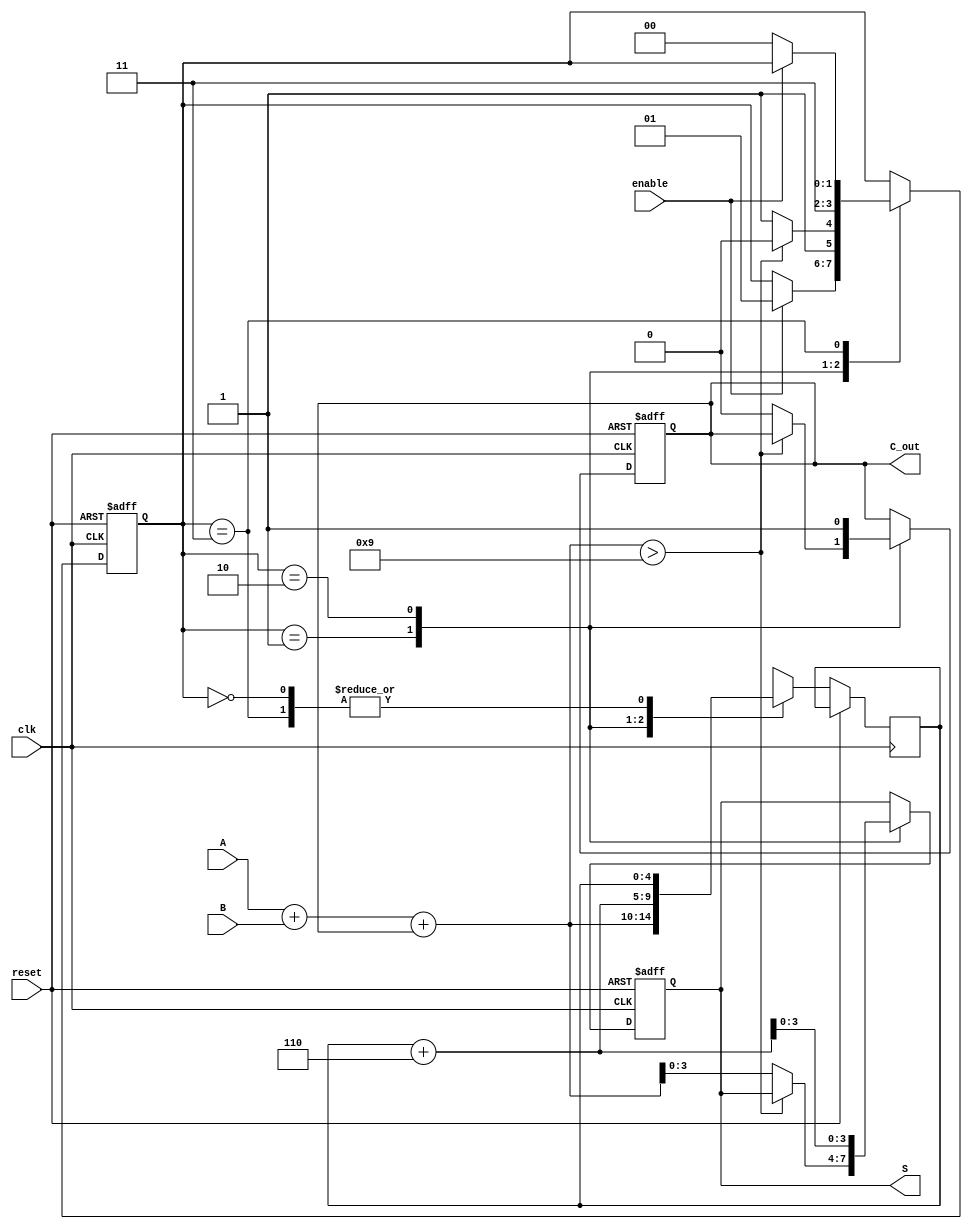
module BCD_Sequential_Adder (
    input wire [3:0] A,        // First BCD digit
    input wire [3:0] B,        // Second BCD digit
    input wire clk,            // Clock signal
    input wire reset,          // Reset signal
    input wire enable,         // Enable signal
    output reg [3:0] S,        // BCD result
    output reg C_out          // Carry out signal
);

// Internal signals
reg [4:0] sum;               // 5-bit sum to accommodate carry
reg [1:0] state;             // State register
localparam IDLE = 2'b00, ADD = 2'b01, CORRECT = 2'b10, OUTPUT = 2'b11;

always @(posedge clk or posedge reset) begin
    if (reset) begin
        S <= 4'b0000;         // Initialize result to 0
        C_out <= 1'b0;       // Initialize carry out to 0
        state <= IDLE;       // Initialize state to IDLE
    end else begin
        case (state)
            IDLE: begin
                if (enable) begin
                    // Transition to ADD state
                    state <= ADD;
                end
            end
            
            ADD: begin
                // Perform addition of A and B
                sum = A + B + C_out;
                // Check if correction is needed
                if (sum > 9) begin
                    // Transition to CORRECT state if sum exceeds 9
                    state <= CORRECT;
                end else begin
                    // No correction needed, go to OUTPUT state
                    S <= sum[3:0];
                    C_out <= 1'b0;
                    state <= OUTPUT;
                end
            end
            
            CORRECT: begin
                // Add 6 (0110) for BCD correction
                sum = sum + 5'd6;
                S <= sum[3:0];
                C_out <= 1'b1; // Set carry out since we added 6
                state <= OUTPUT; // Transition to OUTPUT state
            end
            
            OUTPUT: begin
                // Output the result
                // Remain in OUTPUT state until reset or enable changes
                if (!enable) begin
                    state <= IDLE;  // Go back to IDLE if not enabled
                end
            end
        endcase
    end
end

endmodule